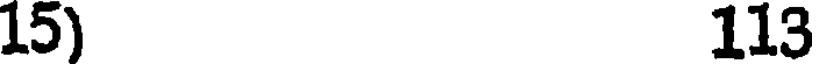
15) 113